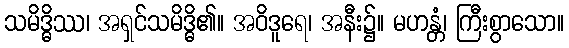
သမိဒ္ဓိဿ၊ အရှင်သမိဒ္ဓိ၏။ အဝိဒူရေ၊ အနီး၌။ မဟန္တံ၊ ကြီးစွာသော။